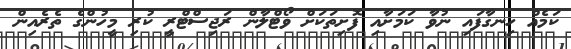
ކަމެއް ހިނގާފައި ނުވާ ކަމަށާއި ފޮށިތަކަށް ވޯޓްލާން ރަޖިސްޓްރީ ކުރި މީހުންގެ ތެރެއިން